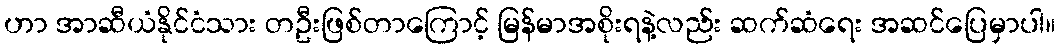
ဟာ အာဆီယံနိုင်ငံသား တဦးဖြစ်တာကြောင့် မြန်မာအစိုးရနဲ့လည်း ဆက်ဆံရေး အဆင်ပြေမှာပါ။